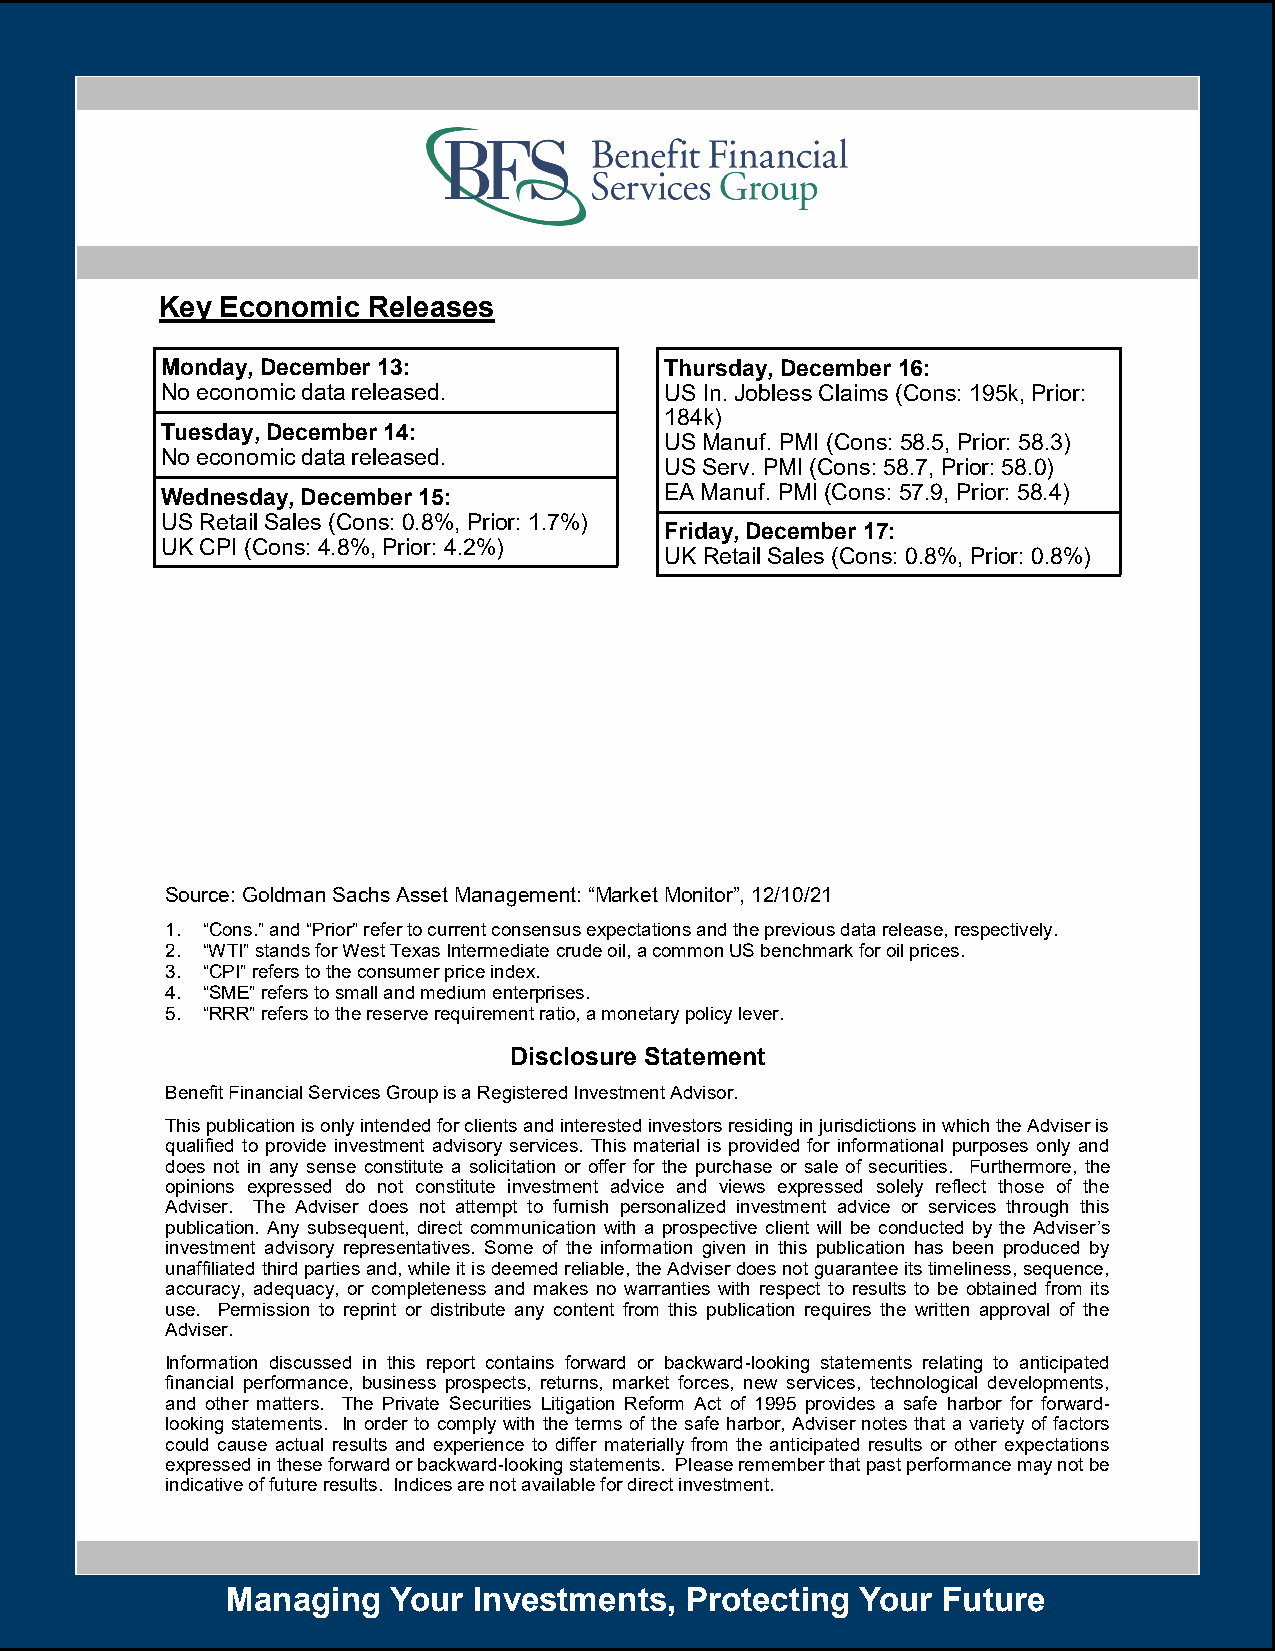
Key Economic Releases
 Monday, December 13:             Thursday, December 16:
 No economic data released.       US In. Jobless Claims (Cons: 195k, Prior:
 184k)
 Tuesday, December 14:
 US Manuf. PMI (Cons: 58.5, Prior: 58.3)
 No economic data released.
 US Serv. PMI (Cons: 58.7, Prior: 58.0)
 Wednesday, December 15:          EA Manuf. PMI (Cons: 57.9, Prior: 58.4)
 US Retail Sales (Cons: 0.8%, Prior: 1.7%)
 Friday, December 17:
 UK CPI (Cons: 4.8%, Prior: 4.2%)
 UK Retail Sales (Cons: 0.8%, Prior: 0.8%)
 Source: Goldman Sachs Asset Management: “Market Monitor”, 12/10/21
 1. “Cons.” and “Prior” refer to current consensus expectations and the previous data release, respectively.
 2. “WTI” stands for West Texas Intermediate crude oil, a common US benchmark for oil prices.
 3. “CPI” refers to the consumer price index.
 4. “SME” refers to small and medium enterprises.
 5. “RRR” refers to the reserve requirement ratio, a monetary policy lever.
 Disclosure Statement
 Benefit Financial Services Group is a Registered Investment Advisor.
 This publication is only intended for clients and interested investors residing in jurisdictions in which the Adviser is
 qualified to provide investment advisory services. This material is provided for informational purposes only and
 does not in any sense constitute a solicitation or offer for the purchase or sale of securities. Furthermore, the
 opinions expressed do not constitute investment advice and views expressed solely reflect those of the
 Adviser. The Adviser does not attempt to furnish personalized investment advice or services through this
 publication. Any subsequent, direct communication with a prospective client will be conducted by the Adviser’s
 investment advisory representatives. Some of the information given in this publication has been produced by
 unaffiliated third parties and, while it is deemed reliable, the Adviser does not guarantee its timeliness, sequence,
 accuracy, adequacy, or completeness and makes no warranties with respect to results to be obtained from its
 use. Permission to reprint or distribute any content from this publication requires the written approval of the
 Adviser.
 Information discussed in this report contains forward or backward-looking statements relating to anticipated
 financial performance, business prospects, returns, market forces, new services, technological developments,
 and other matters. The Private Securities Litigation Reform Act of 1995 provides a safe harbor for forward-
 looking statements. In order to comply with the terms of the safe harbor, Adviser notes that a variety of factors
 could cause actual results and experience to differ materially from the anticipated results or other expectations
 expressed in these forward or backward-looking statements. Please remember that past performance may not be
 indicative of future results. Indices are not available for direct investment.
 Managing   Your Investments,  Protecting  Your Future